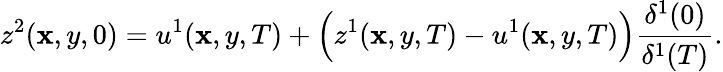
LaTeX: z^{2}(\mathbf{x},y,0)=u^{1}(\mathbf{x},y,T)+\Big(z^{1}(\mathbf{x},y,T)-u^{1}(\mathbf{x},y,T)\Big)\frac{{\delta^{1}(0)}}{{\delta^{1}(T)}}.